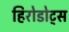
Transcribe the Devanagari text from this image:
हिरोडोट्स